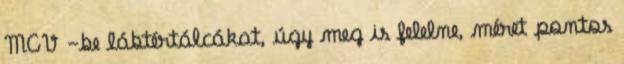
MCV -be lábtértálcákat, úgy meg is felelne, méret pontos